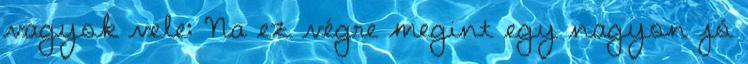
vagyok vele: Na ez végre megint egy nagyon jó